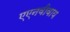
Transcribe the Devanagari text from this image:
एएनवीवाय